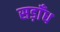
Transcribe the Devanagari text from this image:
सड़ाँध